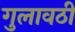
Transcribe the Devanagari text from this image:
गुलावठी